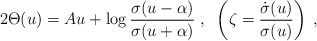
\begin{align*}2\Theta(u) = Au + \log \frac{\sigma (u-\alpha)}{\sigma(u+\alpha)} \; , \; \;\left(\zeta=\frac{\dot{\sigma}(u)}{\sigma(u)} \right) \; ,\end{align*}